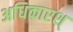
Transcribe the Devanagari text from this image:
अधिकारश्